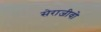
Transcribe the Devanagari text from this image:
सेराजीवो